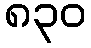
၈၃၀